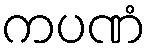
ကပဏံ